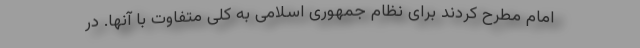
امام مطرح کردند برای نظام جمهوری اسلامی به کلی متفاوت با آنها. در